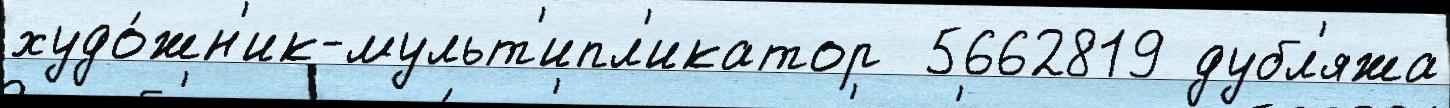
худо́жн'ик-мульт'ипл'икатор  5662819 дубл'яжа